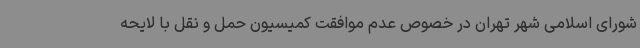
شورای اسلامی شهر تهران در خصوص عدم موافقت کمیسیون حمل و نقل با لایحه